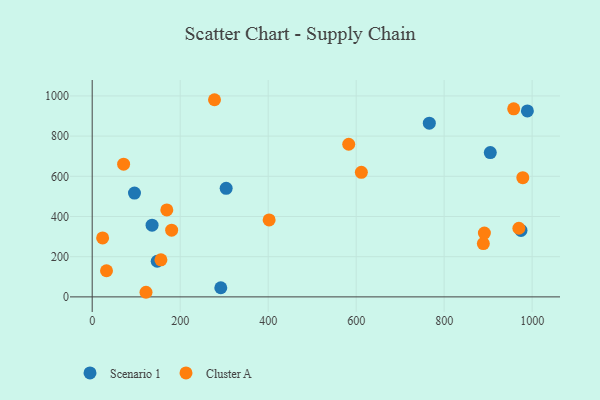
{"axis": {"x": "Price", "y": "Exam Score"}, "legend": ["Cluster A", "Scenario 1"], "data": [{"x": "304.5", "y": 540.3, "type": "Scenario 1"}, {"x": "989.2", "y": 925.2, "type": "Scenario 1"}, {"x": "292.3", "y": 45.3, "type": "Scenario 1"}, {"x": "96.1", "y": 516.8, "type": "Scenario 1"}, {"x": "136.1", "y": 357.0, "type": "Scenario 1"}, {"x": "766.3", "y": 864.4, "type": "Scenario 1"}, {"x": "904.9", "y": 718.3, "type": "Scenario 1"}, {"x": "147.8", "y": 177.3, "type": "Scenario 1"}, {"x": "974.7", "y": 330.9, "type": "Scenario 1"}, {"x": "23.7", "y": 293.5, "type": "Cluster A"}, {"x": "180.6", "y": 331.7, "type": "Cluster A"}, {"x": "611.8", "y": 619.7, "type": "Cluster A"}, {"x": "978.8", "y": 593.0, "type": "Cluster A"}, {"x": "969.9", "y": 341.4, "type": "Cluster A"}, {"x": "32.5", "y": 130.0, "type": "Cluster A"}, {"x": "583.1", "y": 759.6, "type": "Cluster A"}, {"x": "71.4", "y": 660.5, "type": "Cluster A"}, {"x": "156.2", "y": 184.5, "type": "Cluster A"}, {"x": "169.6", "y": 432.5, "type": "Cluster A"}, {"x": "958.1", "y": 935.6, "type": "Cluster A"}, {"x": "889.1", "y": 265.1, "type": "Cluster A"}, {"x": "891.5", "y": 317.7, "type": "Cluster A"}, {"x": "122.3", "y": 22.9, "type": "Cluster A"}, {"x": "402.2", "y": 382.7, "type": "Cluster A"}, {"x": "278.0", "y": 981.1, "type": "Cluster A"}]}